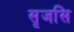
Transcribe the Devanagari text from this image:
सृजसि